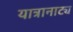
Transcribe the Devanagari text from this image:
यात्रानाट्य